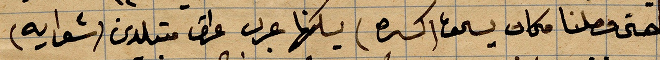
حتى وصلنا مكان يسحق (كسبره) يسكنها عرب عراق متبلدين (شوايه)